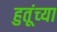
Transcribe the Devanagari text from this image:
हुतूंच्‍या